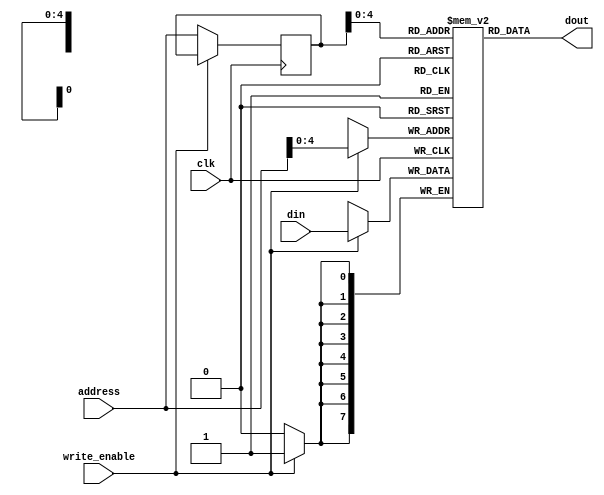
`timescale 1ns / 1ps
module ram12(din , address,write_enable,clk,dout);
input [7:0]din;
input [5:0] address;
input write_enable;
input clk;
output [7:0]dout;

reg [7:0] ram[31:0]; // a 32 byte each one 8 bit 
reg [5:0] register;

always @(posedge clk)
begin
if (write_enable)  // write operation
  ram[address] <= din;
else 
  register <= address;
end

assign dout = ram[register];

endmodule